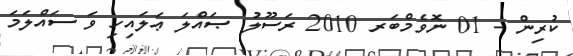
ކުރިން - 01 ނޮވެމްބަރ 2010 ރަސޫލު ޞައްލަ ޢަލައިހި ވަ ސައްލަމަ